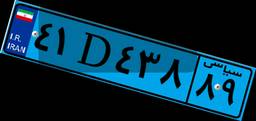
۴۱D۴۳۸۸۹